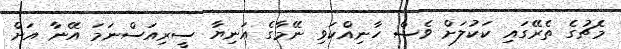
މެޗުގެ ތެރޭގައި ކަކުލަށް ވެސް ހާނިއްކަވި ނޭމާގެ އަނިޔާ ސީރިއަސްނަމަ އޭނާ އަށް